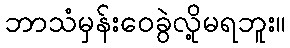
ဘာသံမှန်းဝေခွဲလို့မရဘူး။